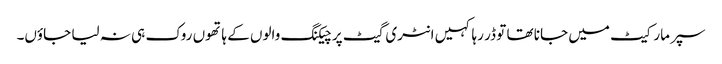
سپر مارکیٹ میں جانا تھا تو ڈر رہا کہیں انٹری گیٹ پر چیکنگ والوں کے ہاتھوں روک ہی نہ لیا جاؤں۔